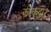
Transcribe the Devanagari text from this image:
झोंकदार